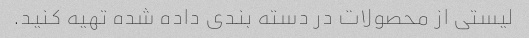
لیستی از محصولات در دسته بندی داده شده تهیه کنید.